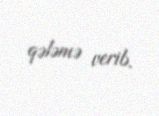
qələmə verib.